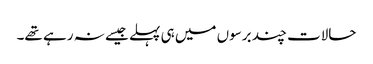
حالات چند برسوں میں ہی پہلے جیسے نہ رہے تھے۔